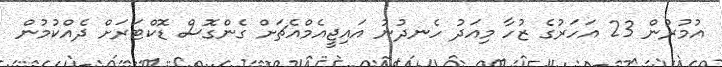
އުމުރުން 23 އަހަރުގެ ޒުހާ މިއަދު ހެނދުނު އައިޖީއެމްއެޗަށް ގެންގޮސް ޑޮކްޓަރަށް ދެއްކުމުން